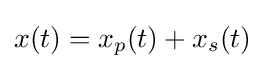
x(t)=x_{p}(t)+x_{s}(t)